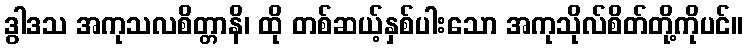
ဒွါဒသ အကုသလစိတ္တာနိ၊ ထို တစ်ဆယ့်နှစ်ပါးသော အကုသိုလ်စိတ်တို့ကိုပင်။